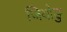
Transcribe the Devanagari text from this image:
जियोङु